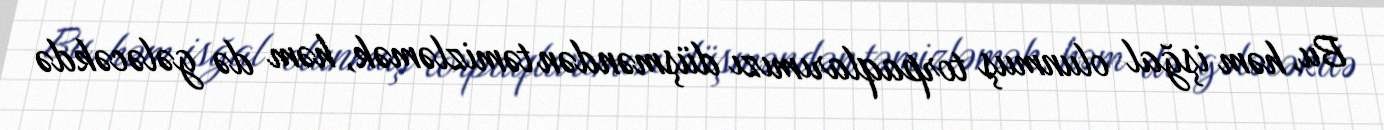
Bu, həm işğal olunmuş torpaqlarımızı düşməndən təmizləmək, həm də gələcəkdə